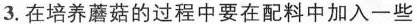
3.在培养蘑菇的过程中要在配料中加入一些